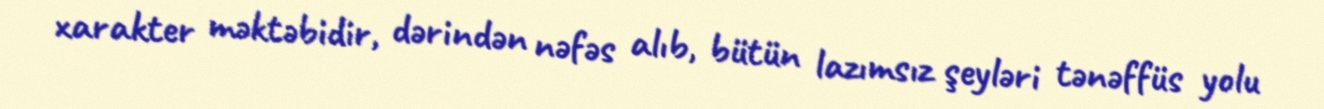
xarakter məktəbidir, dərindən nəfəs alıb, bütün lazımsız şeyləri tənəffüs yolu